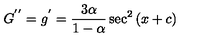
G ^ { ' ^ { \prime } } = g ^ { ' } = \frac { 3 \alpha } { 1 - \alpha } \sec ^ { 2 } { ( x + c ) }